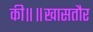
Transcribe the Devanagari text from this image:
की॥॥खासतौर